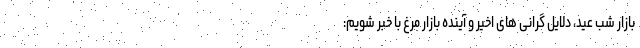
بازار شب عید، دلایل گرانی های اخیر و آینده بازار مرغ با خبر شویم: